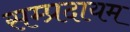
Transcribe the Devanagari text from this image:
सम्प्रदायम